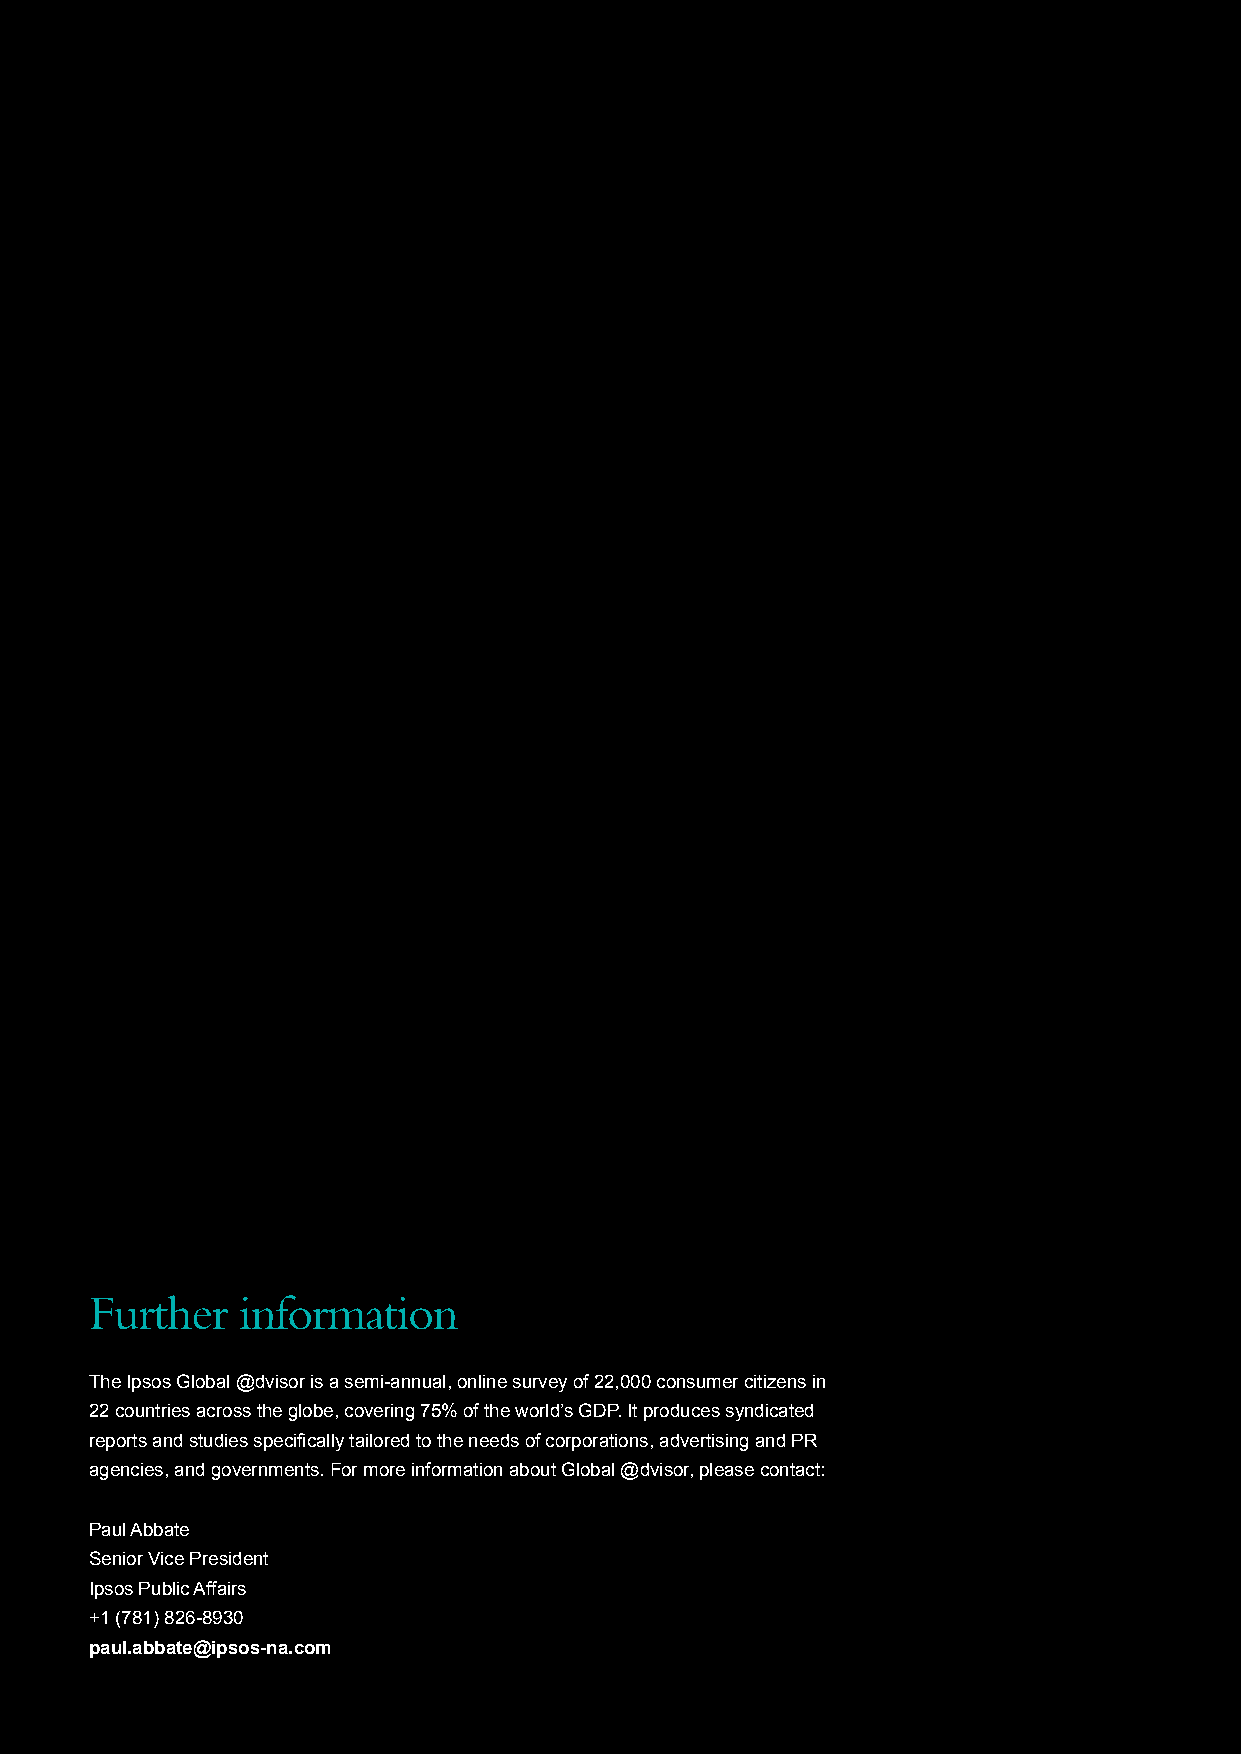
60 Ipsos Global @dvisor March 2009
 Further   information
 The Ipsos Global @dvisor is a semi-annual, online survey of 22,000 consumer citizens in
 22 countries across the globe, covering 75% of the world’s GDP. It produces syndicated
 reports and studies specifically tailored to the needs of corporations, advertising and PR
 agencies, and governments. For more information about Global @dvisor, please contact:
 Paul Abbate
 Senior Vice President
 Ipsos Public Affairs
 +1 (781) 826-8930
 paul.abbate@ipsos-na.com